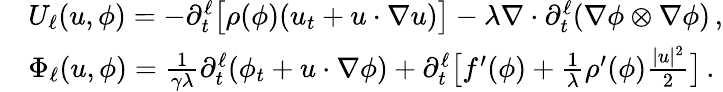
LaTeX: \begin{array}{rl}&{U_{\ell}(u,\phi)=-\partial_{t}^{\ell}\big[\rho(\phi)(u_{t}+u\cdot\nabla u)\big]-\lambda\nabla\cdot\partial_{t}^{\ell}(\nabla\phi\otimes\nabla\phi)\, ,}\\ &{\Phi_{\ell}(u,\phi)=\frac{1}{\gamma\lambda}\partial_{t}^{\ell}(\phi_{t}+u\cdot\nabla\phi)+\partial_{t}^{\ell}\big[f^{\prime}(\phi)+\frac{1}{\lambda}\rho^{\prime}(\phi)\frac{|u|^{2}}{2}\big]\, .}\end{array}